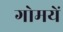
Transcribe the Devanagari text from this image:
गोमयें